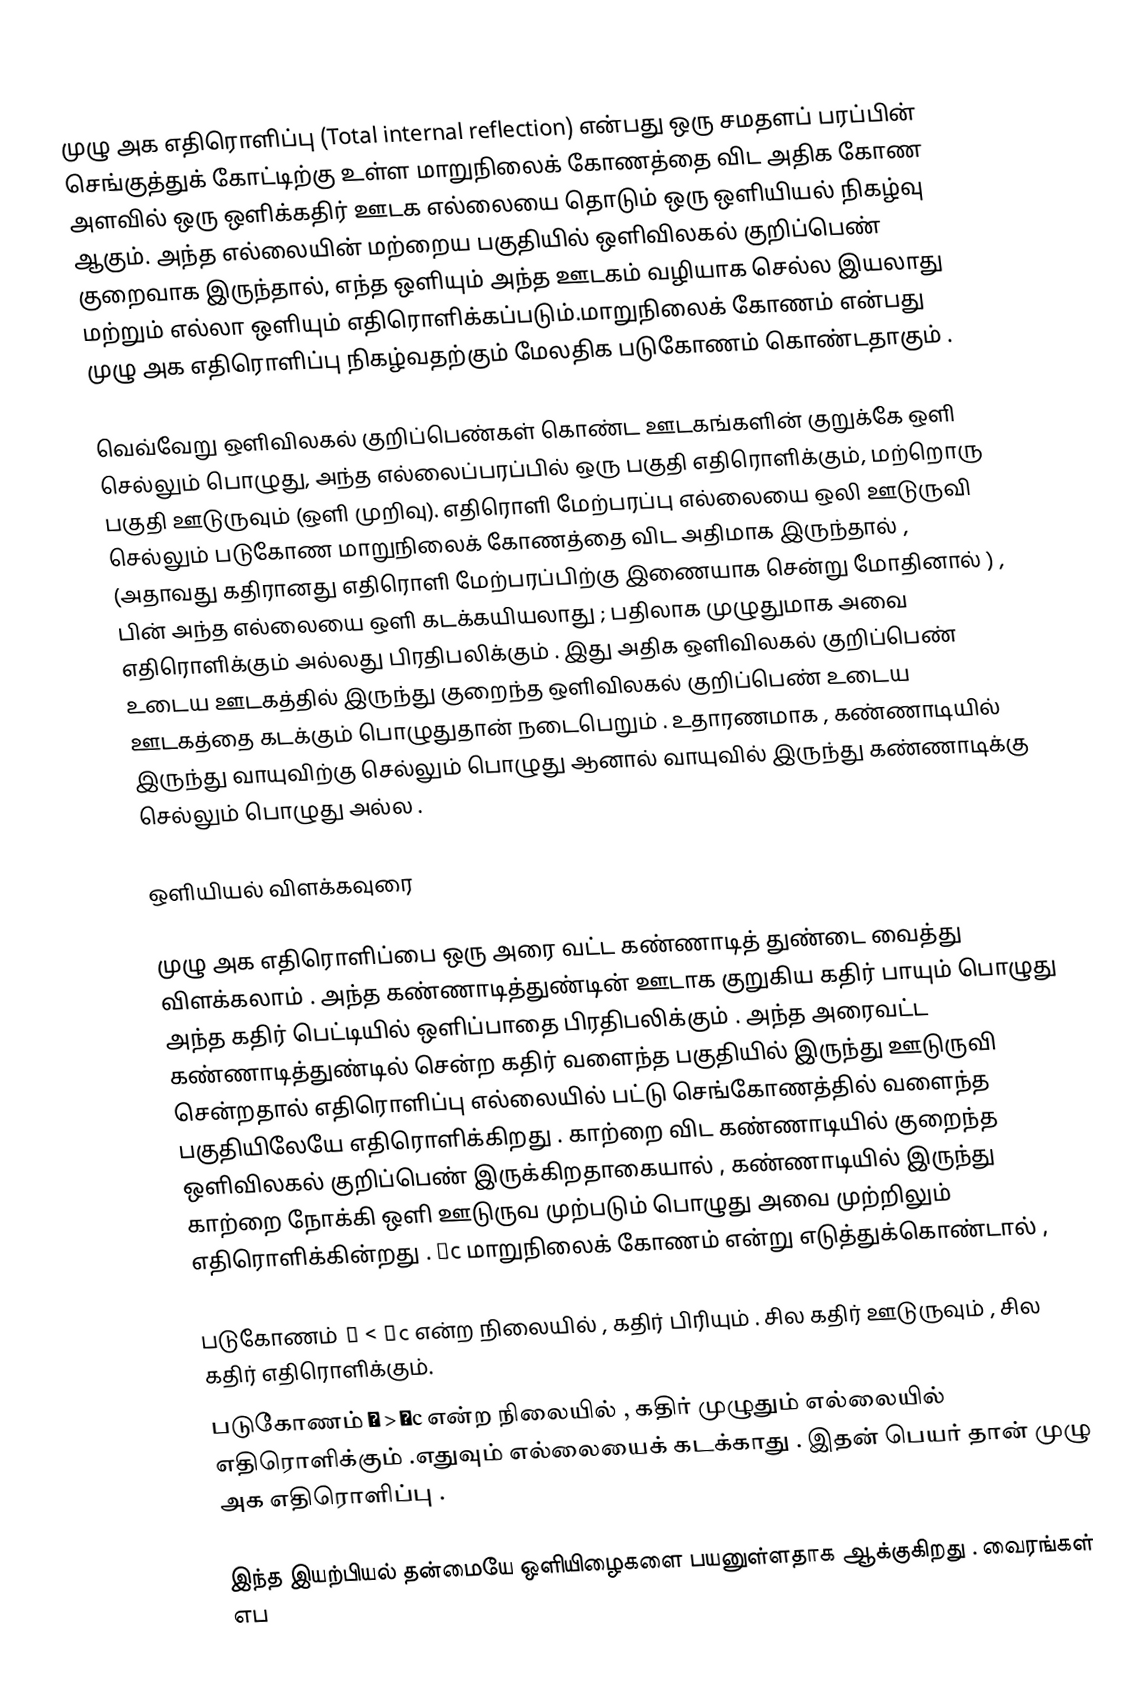
முழு அக எதிரொளிப்பு (Total internal reflection) என்பது ஒரு சமதளப் பரப்பின் செங்குத்துக் கோட்டிற்கு உள்ள மாறுநிலைக் கோணத்தை விட அதிக கோண அளவில் ஒரு ஒளிக்கதிர் ஊடக எல்லையை தொடும் ஒரு ஒளியியல் நிகழ்வு ஆகும். அந்த எல்லையின் மற்றைய பகுதியில் ஒளிவிலகல் குறிப்பெண் குறைவாக இருந்தால், எந்த ஒளியும் அந்த ஊடகம் வழியாக செல்ல இயலாது மற்றும் எல்லா ஒளியும் எதிரொளிக்கப்படும்.மாறுநிலைக் கோணம் என்பது முழு அக எதிரொளிப்பு நிகழ்வதற்கும் மேலதிக படுகோணம் கொண்டதாகும் .

வெவ்வேறு ஒளிவிலகல் குறிப்பெண்கள் கொண்ட ஊடகங்களின் குறுக்கே ஒளி செல்லும் பொழுது, அந்த எல்லைப்பரப்பில் ஒரு பகுதி எதிரொளிக்கும், மற்றொரு பகுதி ஊடுருவும் (ஒளி முறிவு). எதிரொளி மேற்பரப்பு எல்லையை ஒலி ஊடுருவி செல்லும் படுகோண மாறுநிலைக் கோணத்தை விட அதிமாக இருந்தால் , (அதாவது கதிரானது எதிரொளி மேற்பரப்பிற்கு இணையாக சென்று மோதினால் ) , பின் அந்த எல்லையை ஒளி கடக்கயியலாது ; பதிலாக முழுதுமாக அவை எதிரொளிக்கும் அல்லது பிரதிபலிக்கும் . இது அதிக ஒளிவிலகல் குறிப்பெண் உடைய ஊடகத்தில் இருந்து குறைந்த ஒளிவிலகல் குறிப்பெண் உடைய ஊடகத்தை கடக்கும் பொழுதுதான் நடைபெறும் . உதாரணமாக , கண்ணாடியில் இருந்து வாயுவிற்கு செல்லும் பொழுது ஆனால் வாயுவில் இருந்து கண்ணாடிக்கு செல்லும் பொழுது அல்ல .

ஒளியியல் விளக்கவுரை

முழு அக எதிரொளிப்பை ஒரு அரை வட்ட கண்ணாடித் துண்டை வைத்து விளக்கலாம் . அந்த கண்ணாடித்துண்டின் ஊடாக குறுகிய கதிர் பாயும் பொழுது அந்த கதிர் பெட்டியில் ஒளிப்பாதை பிரதிபலிக்கும் . அந்த அரைவட்ட கண்ணாடித்துண்டில் சென்ற கதிர் வளைந்த பகுதியில் இருந்து ஊடுருவி சென்றதால் எதிரொளிப்பு எல்லையில் பட்டு செங்கோணத்தில் வளைந்த பகுதியிலேயே எதிரொளிக்கிறது . காற்றை விட கண்ணாடியில் குறைந்த ஒளிவிலகல் குறிப்பெண் இருக்கிறதாகையால் , கண்ணாடியில் இருந்து காற்றை நோக்கி ஒளி ஊடுருவ முற்படும் பொழுது அவை முற்றிலும் எதிரொளிக்கின்றது . θc மாறுநிலைக் கோணம் என்று எடுத்துக்கொண்டால் ,

 படுகோணம் θ < θc என்ற நிலையில் , கதிர் பிரியும் . சில கதிர் ஊடுருவும் , சில கதிர் எதிரொளிக்கும்.
 படுகோணம் θ > θc என்ற நிலையில் , கதிர் முழுதும் எல்லையில் எதிரொளிக்கும் .எதுவும் எல்லையைக் கடக்காது . இதன் பெயர் தான் முழு அக எதிரொளிப்பு .

இந்த இயற்பியல் தன்மையே ஒளியிழைகளை பயனுள்ளதாக ஆக்குகிறது . வைரங்கள் எப